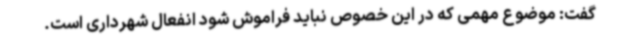
گفت: موضوع مهمی که در این خصوص نباید فراموش شود انفعال شهرداری است.